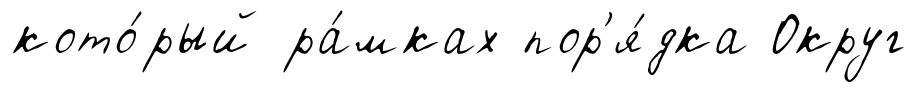
кото́рый ра́мках пор'я́дка Округ